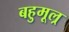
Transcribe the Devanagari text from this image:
बहुमूल्र